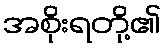
အစိုးရတို့၏